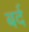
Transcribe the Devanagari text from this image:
बर्द